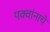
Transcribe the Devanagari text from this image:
पक्वांनाचे